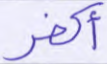
أكفر